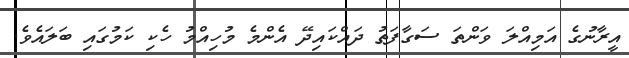
އީރާނުގެ އަމިއްލަ ވަންތަ ސަގާފަތު ދައްކައިދޭ އެންމެ މުހިއްމު ހެކި ކަމުގައި ބަލައެވެ.